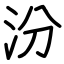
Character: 汾